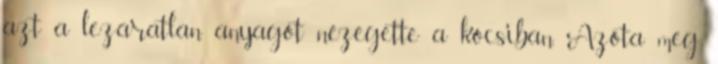
azt a lezáratlan anyagot nézegette a kocsiban. Azóta meg